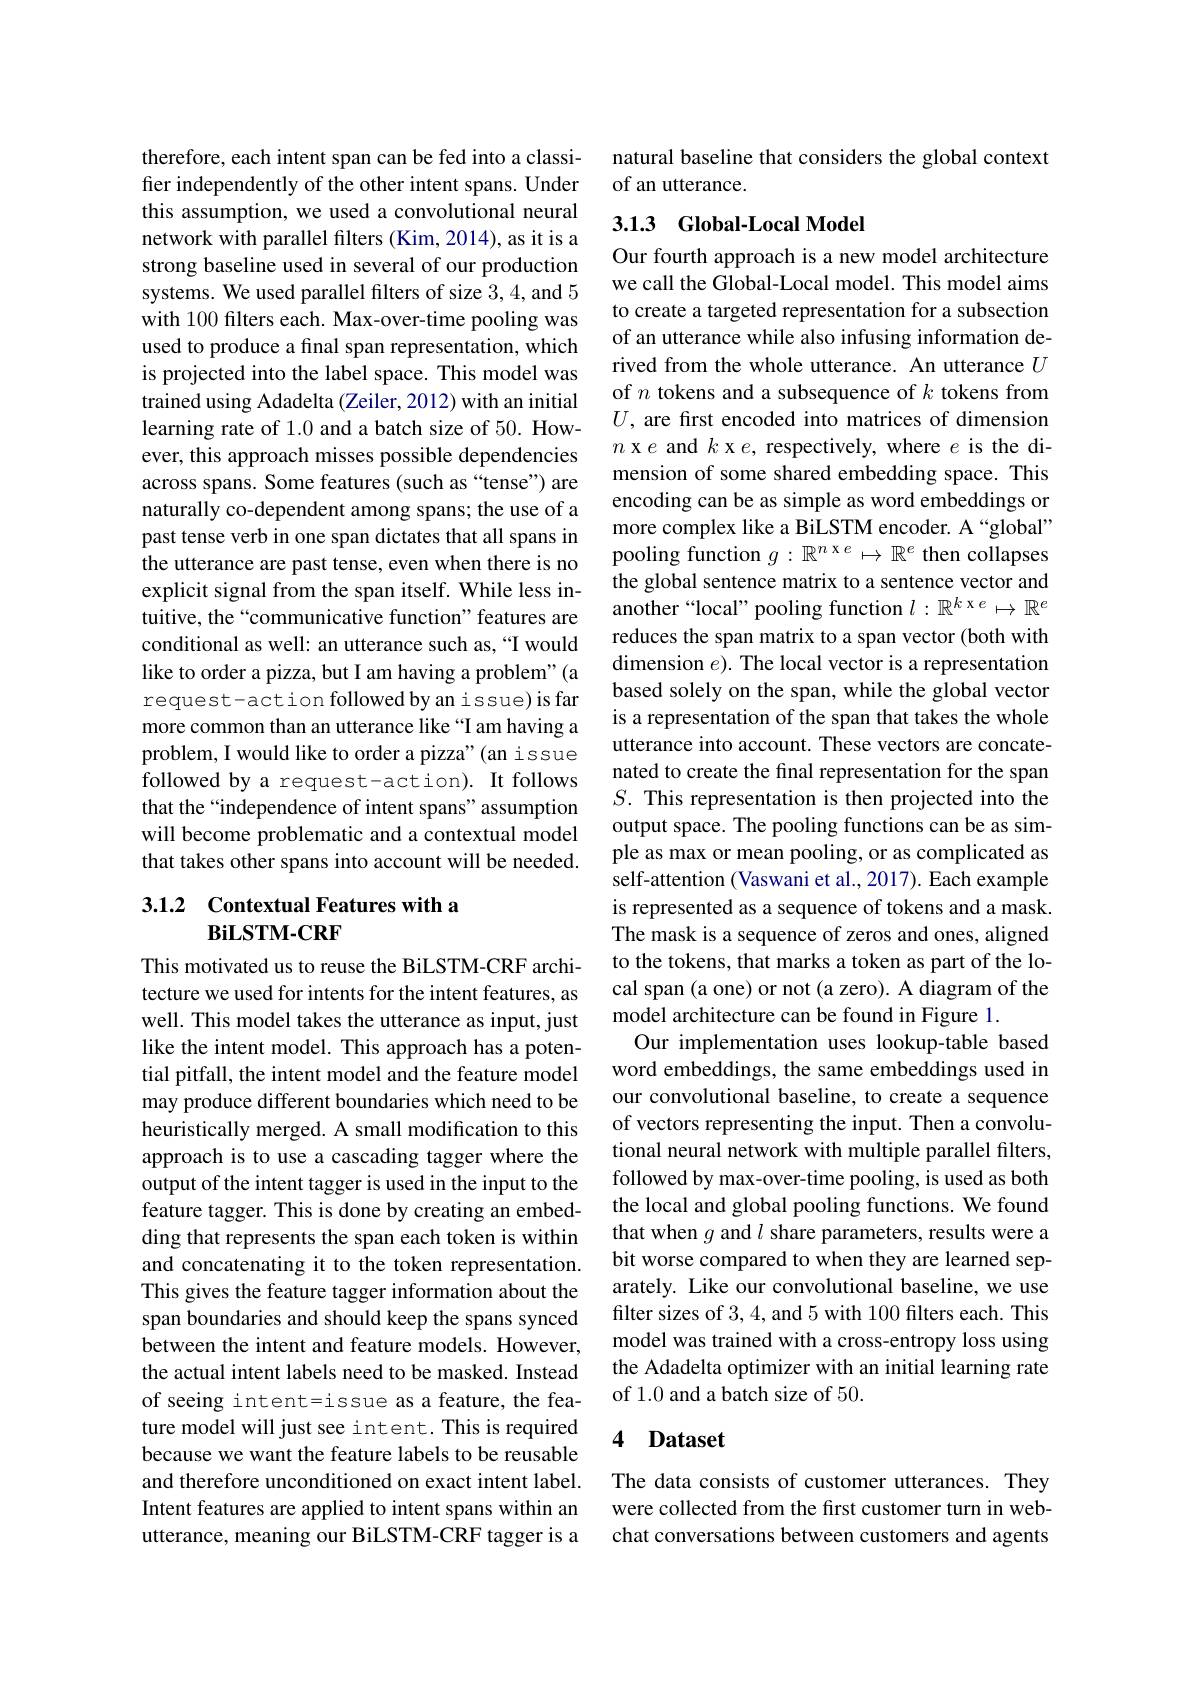
therefore, each intent span can be fed into a classifer independently of the other intent spans. Under this assumption, we used a convolutional neural network with parallel filters (Kim, 2014), as it is a strong baseline used in several of our production systems. We used parallel filters of size 3,4, and 5 with 100 filters each. Max-over-time pooling was used to produce a final span representation, which is projected into the label space. This model was trained using Adadelta (Zeiler, 2012) with an initial learning rate of 1.0 and a batch size of 50. However, this approach misses possible dependencies across spans. Some features (such as “tense”) are naturally co-dependent among spans; the use of a past tense verb in one span dictates that all spans in the utterance are past tense, even when there is no explicit signal from the span itself. While less intuitive, the“communicative function”features are conditional as well: an utterance such as,“I would like to order a pizza, but I am having a problem" (a request-action followed by an issue) is far more common than an utterance like “I am having a problem, I would like to order a pizza"(an issue followed by a request-action). It follows that the “independence of intent spans”assumption will become problematic and a contextual model that takes other spans into account will be needed. 3.1.2 Contextual Features with a

### $\mathbf{BiLSTM-CRF}$

This motivated us to reuse the BiLSTM-CRF architecture we used for intents for the intent features, as well. This model takes the utterance as input, just like the intent model. This approach has a potential pitfall, the intent model and the feature model may produce different boundaries which need to be heuristically merged. A small modification to this approach is to use a cascading tagger where the output of the intent tagger is used in the input to the feature tagger. This is done by creating an embedding that represents the span each token is within and concatenating it to the token representation. This gives the feature tagger information about the span boundaries and should keep the spans synced between the intent and feature models. However, the actual intent labels need to be masked. Instead of seeing intent=issue as a feature, the feature model will just see intent. This is required because we want the feature labels to be reusable and therefore unconditioned on exact intent label. Intent features are applied to intent spans within an utterance, meaning our BiLSTM-CRF tagger is a

natural baseline that considers the global context
of an utterance.

## 3.1.3 Global-Local Model

Our fourth approach is a new model architecture we call the Global-Local model. This model aims to create a targeted representation for a subsection of an utterance while also infusing information derived from the whole utterance. An utterance $U$ of $n$ tokens and a subsequence of $k$ tokens from $U$, are first encoded into matrices of dimension $n$ x $e$ and $k$ x $e$, respectively, where $e$ is the dimension of some shared embedding space. This encoding can be as simple as word embeddings or more complex like a BiLSTM encoder. A “global” pooling function $g: \mathbb{R} ^n$ x e$\mapsto \mathbb{R} ^e$ then collapses the global sentence matrix to a sentence vector and another“local” pooling function $l:\mathbb{R}^{k\times e}\mapsto\mathbb{R}^e$ reduces the span matrix to a span vector (both with dimension $e$). The local vector is a representation based solely on the span, while the global vector is a representation of the span that takes the whole utterance into account. These vectors are concatenated to create the final representation for the span $S.$ This representation is then projected into the output space. The pooling functions can be as simple as max or mean pooling, or as complicated as self-attention (Vaswani et al., 2017). Each example is represented as a sequence of tokens and a mask. The mask is a sequence of zeros and ones, aligned to the tokens, that marks a token as part of the local span (a one) or not (a zero). A diagram of the model architecture can be found in Figure 1.
Our implementation uses lookup-table based word embeddings, the same embeddings used in our convolutional baseline, to create a sequence of vectors representing the input. Then a convolutional neural network with multiple parallel filters, followed by max-over-time pooling, is used as both the local and global pooling functions. We found that when $g$ and $l$ share parameters, results were a bit worse compared to when they are learned separately. Like our convolutional baseline, we use filter sizes of 3,4, and 5 with 100 filters each. This model was trained with a cross-entropy loss using the Adadelta optimizer with an initial learning rate of 1.0 and a batch size of 50.

## 4 Dataset

The data consists of customer utterances. They were collected from the first customer turn in webchat conversations between customers and agents